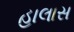
હાલાસ